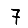
Digit: 7